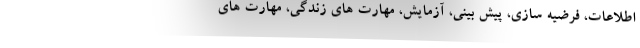
اطلاعات، فرضیه سازی، پیش بینی، آزمایش، مهارت های زندگی، مهارت های